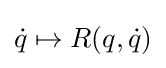
{\dot {q}}\mapsto R(q,{\dot {q}})